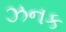
ઝનક